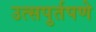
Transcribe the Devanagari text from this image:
उत्सपुर्तपणे